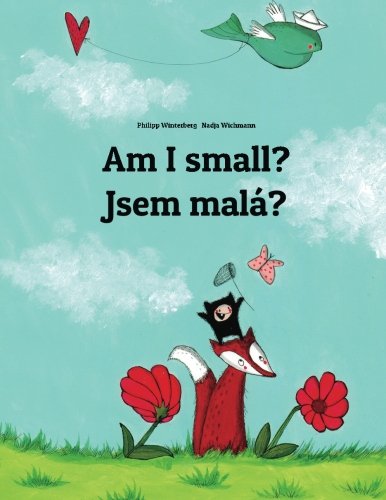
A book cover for Am I small? Jsem malÃ¡?: Children's Picture Book English-Czech (Bilingual Edition); Philipp Winterberg; Children's Books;